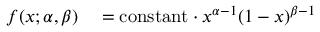
\begin{array} { r l } { f ( x ; \alpha , \beta ) } & { { } = \mathrm { c o n s t a n t } \cdot x ^ { \alpha - 1 } ( 1 - x ) ^ { \beta - 1 } } \end{array}